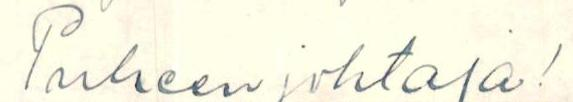
Puheenjohtaja!